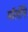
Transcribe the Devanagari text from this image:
मॉर्लीने